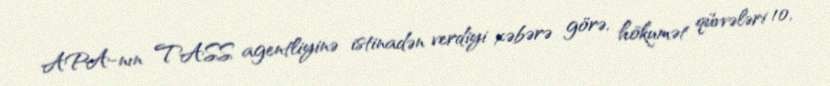
APA-nın TASS agentliyinə istinadən verdiyi xəbərə görə, hökumət qüvvələri 10,